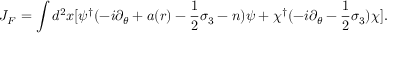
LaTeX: J _ { F } = \int d ^ { 2 } x [ \psi ^ { \dagger } ( - i \partial _ { \theta } + a ( r ) - { \frac { 1 } { 2 } } \sigma _ { 3 } - n ) \psi + \chi ^ { \dagger } ( - i \partial _ { \theta } - { \frac { 1 } { 2 } } \sigma _ { 3 } ) \chi ] .